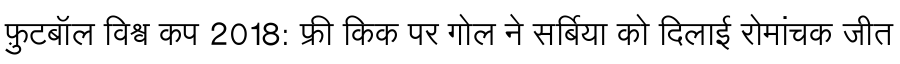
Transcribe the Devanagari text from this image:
फ़ुटबॉल विश्व कप 2018: फ्री किक पर गोल ने सर्बिया को दिलाई रोमांचक जीत